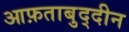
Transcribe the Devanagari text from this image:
आफ़ताबुद्दीन